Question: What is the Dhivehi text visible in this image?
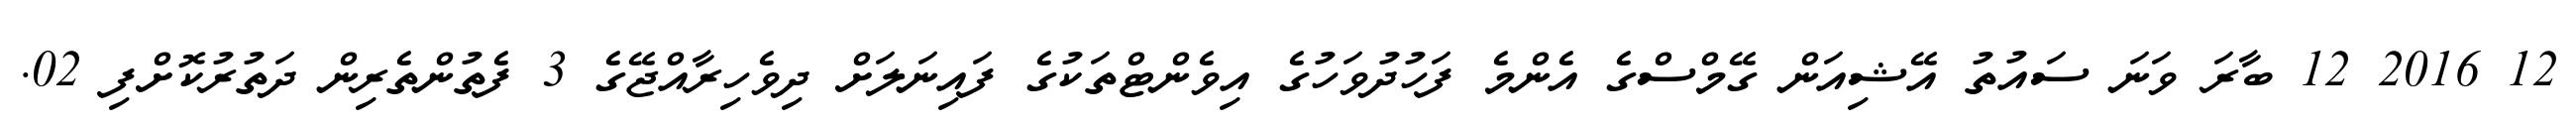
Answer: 12 2016 12 ބާރަ ވަނަ ސައުތު އޭޝިއަން ގޭމްސްގެ އެންމެ ފަހުދުވަހުގެ އިވެންޓްތަކުގެ ފައިނަލަށް ދިވެހިރާއްޖޭގެ 3 ފެތުންތެރިން ދަތުރުކޮށްފި 02.